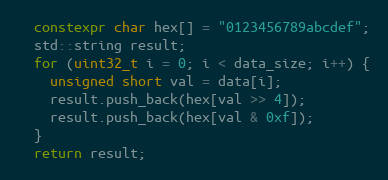
Language: C++
  constexpr char hex[] = "0123456789abcdef";
  std::string result;
  for (uint32_t i = 0; i < data_size; i++) {
    unsigned short val = data[i];
    result.push_back(hex[val >> 4]);
    result.push_back(hex[val & 0xf]);
  }
  return result;